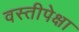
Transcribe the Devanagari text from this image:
वस्तीपेक्षा